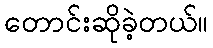
တောင်းဆိုခဲ့တယ်။